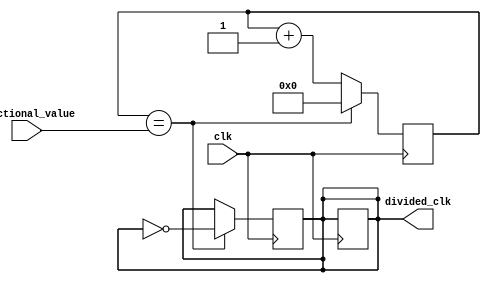
module fractional_clock_divider(
    input wire clk,
    input wire [7:0] fractional_value,
    output reg divided_clk
);

reg [7:0] counter;
reg sync_clk;

always @(posedge clk) begin
    if(counter == fractional_value) begin
        counter <= 0;
        divided_clk <= ~divided_clk;
    end else begin
        counter <= counter + 1;
    end
end

always @(posedge clk) begin
    sync_clk <= divided_clk;
end

assign divided_clk = sync_clk;

endmodule